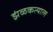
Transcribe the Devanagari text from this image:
झंळकत्याल